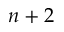
n + 2